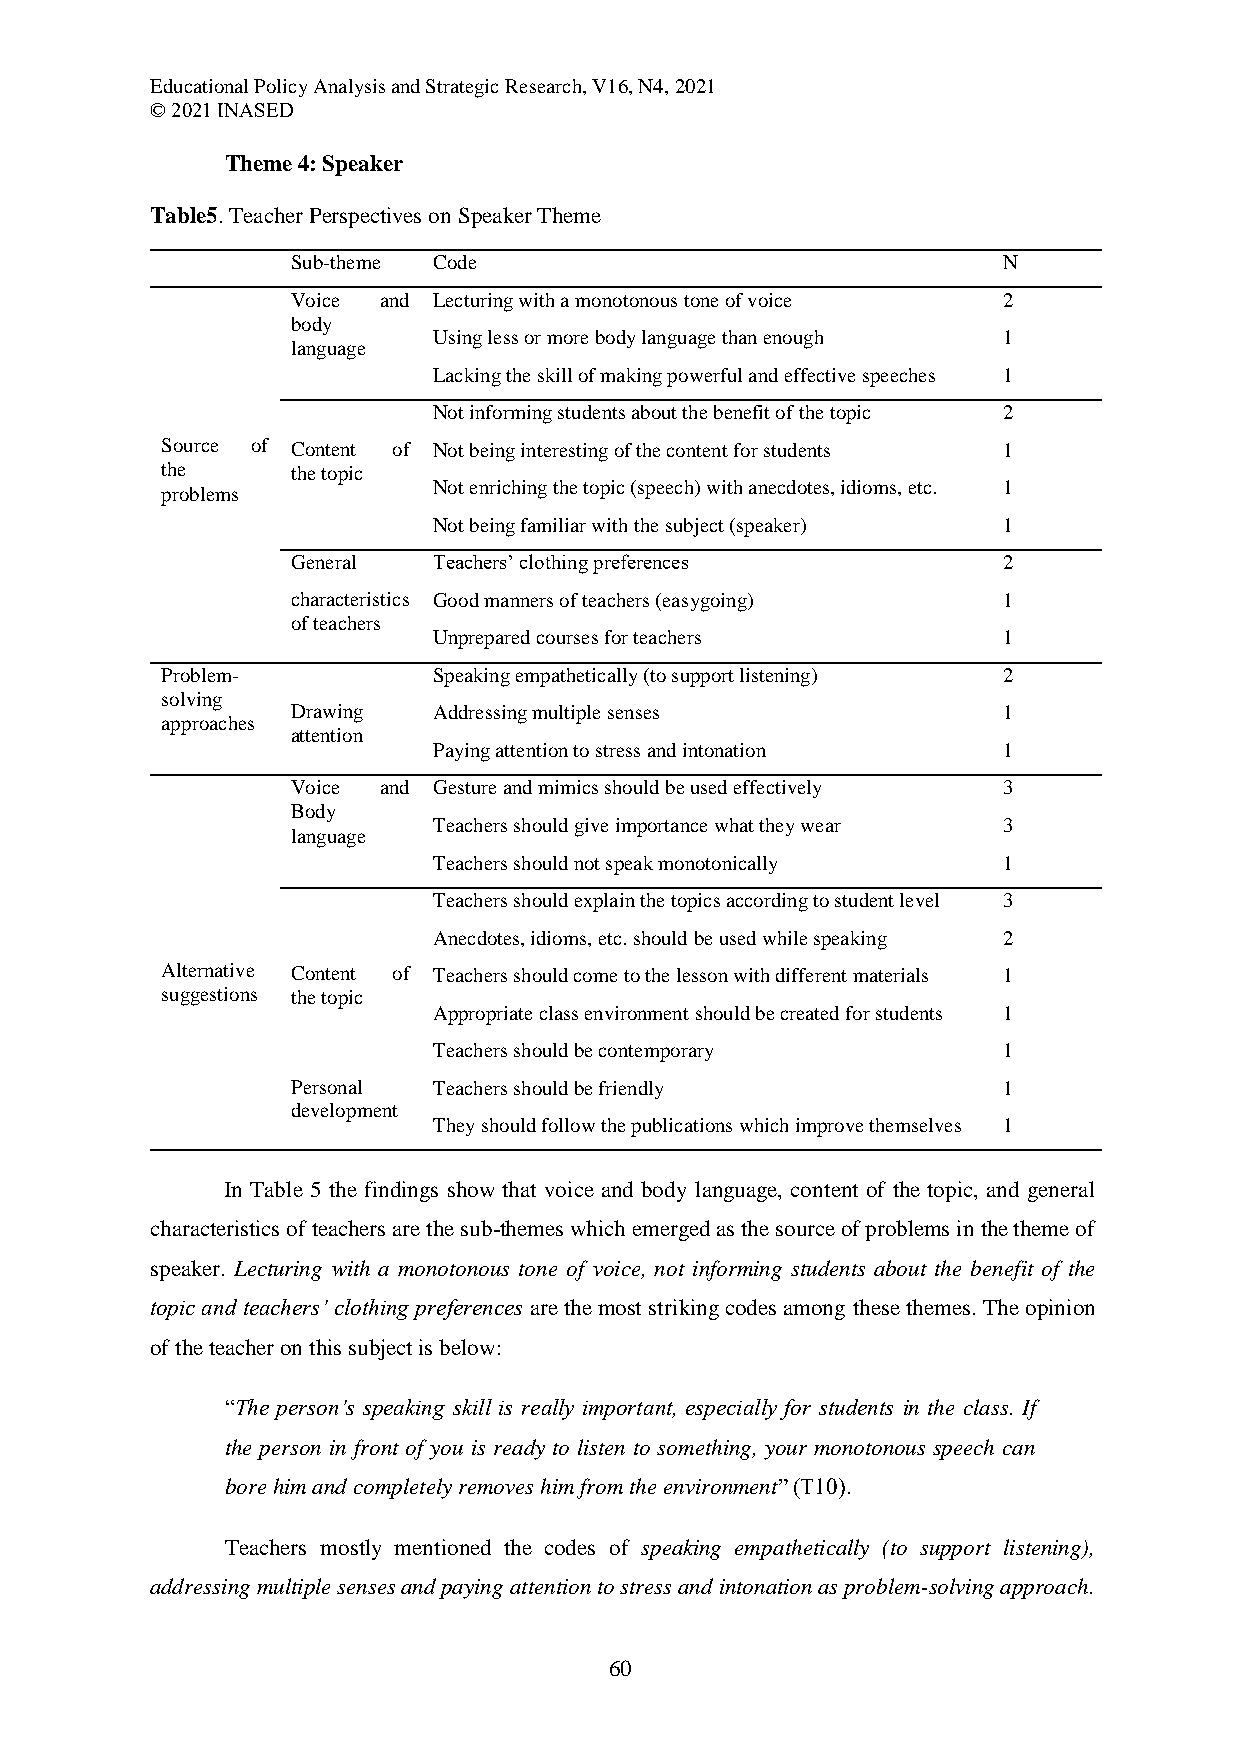
Educational Policy Analysis and Strategic Research, V16, N4, 2021
 © 2021 INASED
 Theme 4: Speaker
 Table5. Teacher Perspectives on Speaker Theme
 Sub-theme Code                                 N
 Voice and Lecturing with a monotonous tone of voice 2
 body
 Using less or more body language than enough 1
 language
 Lacking the skill of making powerful and effective speeches 1
 Not informing students about the benefit of the topic 2
 Source of Content of Not being interesting of the content for students 1
 the     the topic
 Not enriching the topic (speech) with anecdotes, idioms, etc. 1
 problems
 Not being familiar with the subject (speaker) 1
 General   Teachers’ clothing preferences       2
 characteristics Good manners of teachers (easygoing) 1
 of teachers
 Unprepared courses for teachers      1
 Problem-          Speaking empathetically (to support listening) 2
 solving
 Drawing   Addressing multiple senses           1
 approaches
 attention
 Paying attention to stress and intonation 1
 Voice and Gesture and mimics should be used effectively 3
 Body
 Teachers should give importance what they wear 3
 language
 Teachers should not speak monotonically 1
 Teachers should explain the topics according to student level 3
 Anecdotes, idioms, etc. should be used while speaking 2
 Alternative Content of Teachers should come to the lesson with different materials 1
 suggestions the topic
 Appropriate class environment should be created for students 1
 Teachers should be contemporary      1
 Personal  Teachers should be friendly          1
 development
 They should follow the publications which improve themselves 1
 In Table 5 the findings show that voice and body language, content of the topic, and general
 characteristics of teachers are the sub-themes which emerged as the source of problems in the theme of
 speaker. Lecturing with a monotonous tone of voice, not informing students about the benefit of the
 topic and teachers’ clothing preferences are the most striking codes among these themes. The opinion
 of the teacher on this subject is below:
 “The person’s speaking skill is really important, especially for students in the class. If
 the person in front of you is ready to listen to something, your monotonous speech can
 bore him and completely removes him from the environment” (T10).
 Teachers mostly mentioned the codes of speaking empathetically (to support listening),
 addressing multiple senses and paying attention to stress and intonation as problem-solving approach.
 60